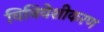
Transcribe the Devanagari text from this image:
विनिवेशीकरण